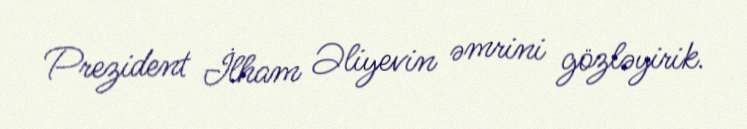
Prezident İlham Əliyevin əmrini gözləyirik.